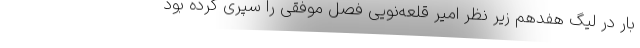
بار در لیگ هفدهم زیر نظر امیر قلعه‌نویی فصل موفقی را سپری کرده بود